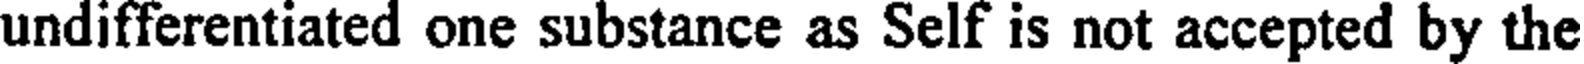
undifferentiated one substance as Self is not accepted by the